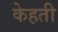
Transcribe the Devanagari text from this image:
केहती